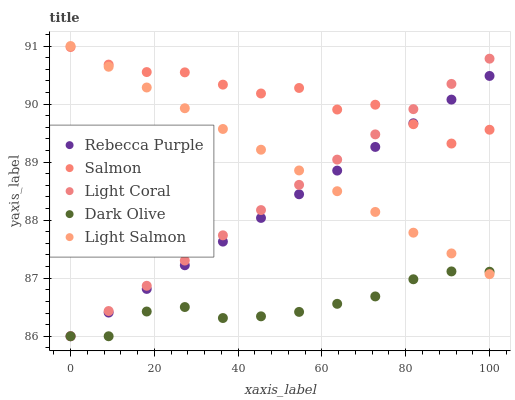
| xaxis_label | Rebecca Purple | Salmon | Light Coral | Dark Olive | Light Salmon |
 | --- | --- | --- | --- | --- | --- |
 | 0 | 86 | 91 | 86 | 86 | 91 |
 | 9.09 | 86.4 | 90.7 | 86.4 | 86 | 90.6 |
 | 18.2 | 86.8 | 90.6 | 86.9 | 86.4 | 90.3 |
 | 27.3 | 87.2 | 90.5 | 87.3 | 86.5 | 89.9 |
 | 36.4 | 87.6 | 90.3 | 87.7 | 86.3 | 89.6 |
 | 45.5 | 88 | 90.2 | 88.2 | 86.3 | 89.2 |
 | 54.5 | 88.4 | 90.3 | 88.6 | 86.4 | 88.9 |
 | 63.6 | 88.9 | 89.9 | 89 | 86.6 | 88.5 |
 | 72.7 | 89.3 | 90 | 89.5 | 86.7 | 88.1 |
 | 81.8 | 89.7 | 89.7 | 89.9 | 87 | 87.8 |
 | 90.9 | 90.1 | 89.3 | 90.3 | 87.1 | 87.4 |
 | 100 | 90.5 | 89.6 | 90.8 | 87.1 | 87.1 |